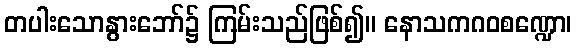
တပါးသောနွားဘော်၌ ကြမ်းသည်ဖြစ်၍။ နောသကဂဝစဏ္ဍော၊